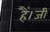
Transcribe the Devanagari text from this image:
हैं।जी